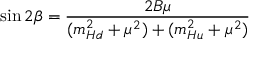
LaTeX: \sin { 2 \beta } = \frac { 2 B \mu } { ( m _ { H d } ^ { 2 } + \mu ^ { 2 } ) + ( m _ { H u } ^ { 2 } + \mu ^ { 2 } ) }